Indian journal of veterinary science and animal husbandry - Volume 12,
Year: 1942
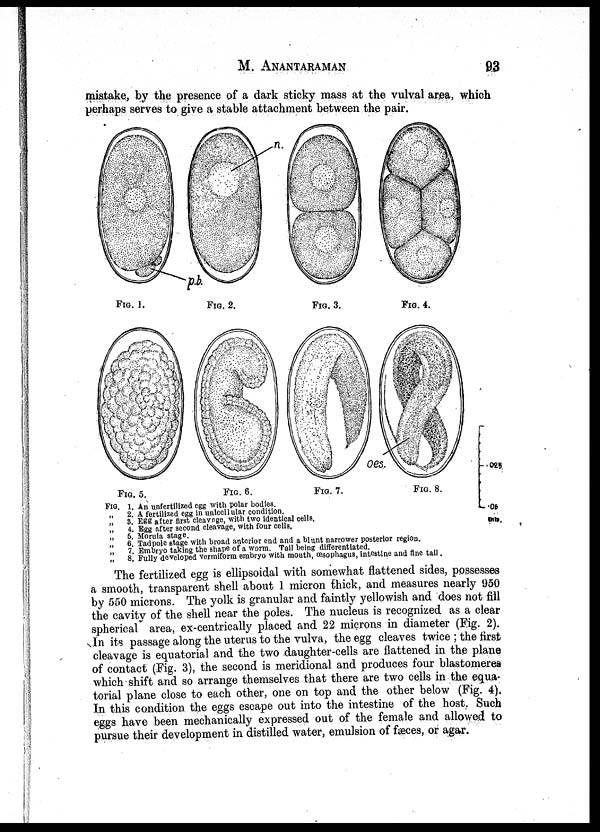
M.
ANANTARAMAN
93
mistake, by the presence of a dark sticky mass at the vulval area, which
perhaps serves to give a stable attachment between the pair.
FIG. 1. An unfertilized egg with polar bodies.
„
2. A fertilized egg in unicellular condition.
„
3. Egg after first cleavage, with two identical cells.
„
4. Egg after second cleavage, with four cells.
„
5. Morula stage.
„
6. Tadpole stage with broad anterior end and a blunt narrower posterior region.
„
7. Embryo taking the shape of a worm. Tail being differentiated.
„
8. Fully developed vermiform embryo with mouth, œsophagus, intestine and fine tall.
The fertilized egg is ellipsoidal with somewhat flattened sides, possesses
a smooth, transparent shell about 1 micron thick, and measures nearly 950
by 550 microns. The yolk is granular and faintly yellowish and does not fill
the cavity of the shell near the poles. The nucleus is recognized as a clear
spherical area, ex-centrically placed and 22 microns in diameter (Fig. 2).
In its passage along the uterus to the vulva, the egg cleaves twice ; the first
cleavage is equatorial and the two daughter-cells are flattened in the plane
of contact (Fig. 3), the second is meridional and produces four blastomeres
which shift and so arrange themselves that there are two cells in the equa-
torial plane close to each other, one on top and the other below (Fig. 4).
In this condition the eggs escape out into the intestine of the host. Such
eggs have been mechanically expressed out of the female and allowed to
pursue their development in distilled water, emulsion of fæces, or agar.